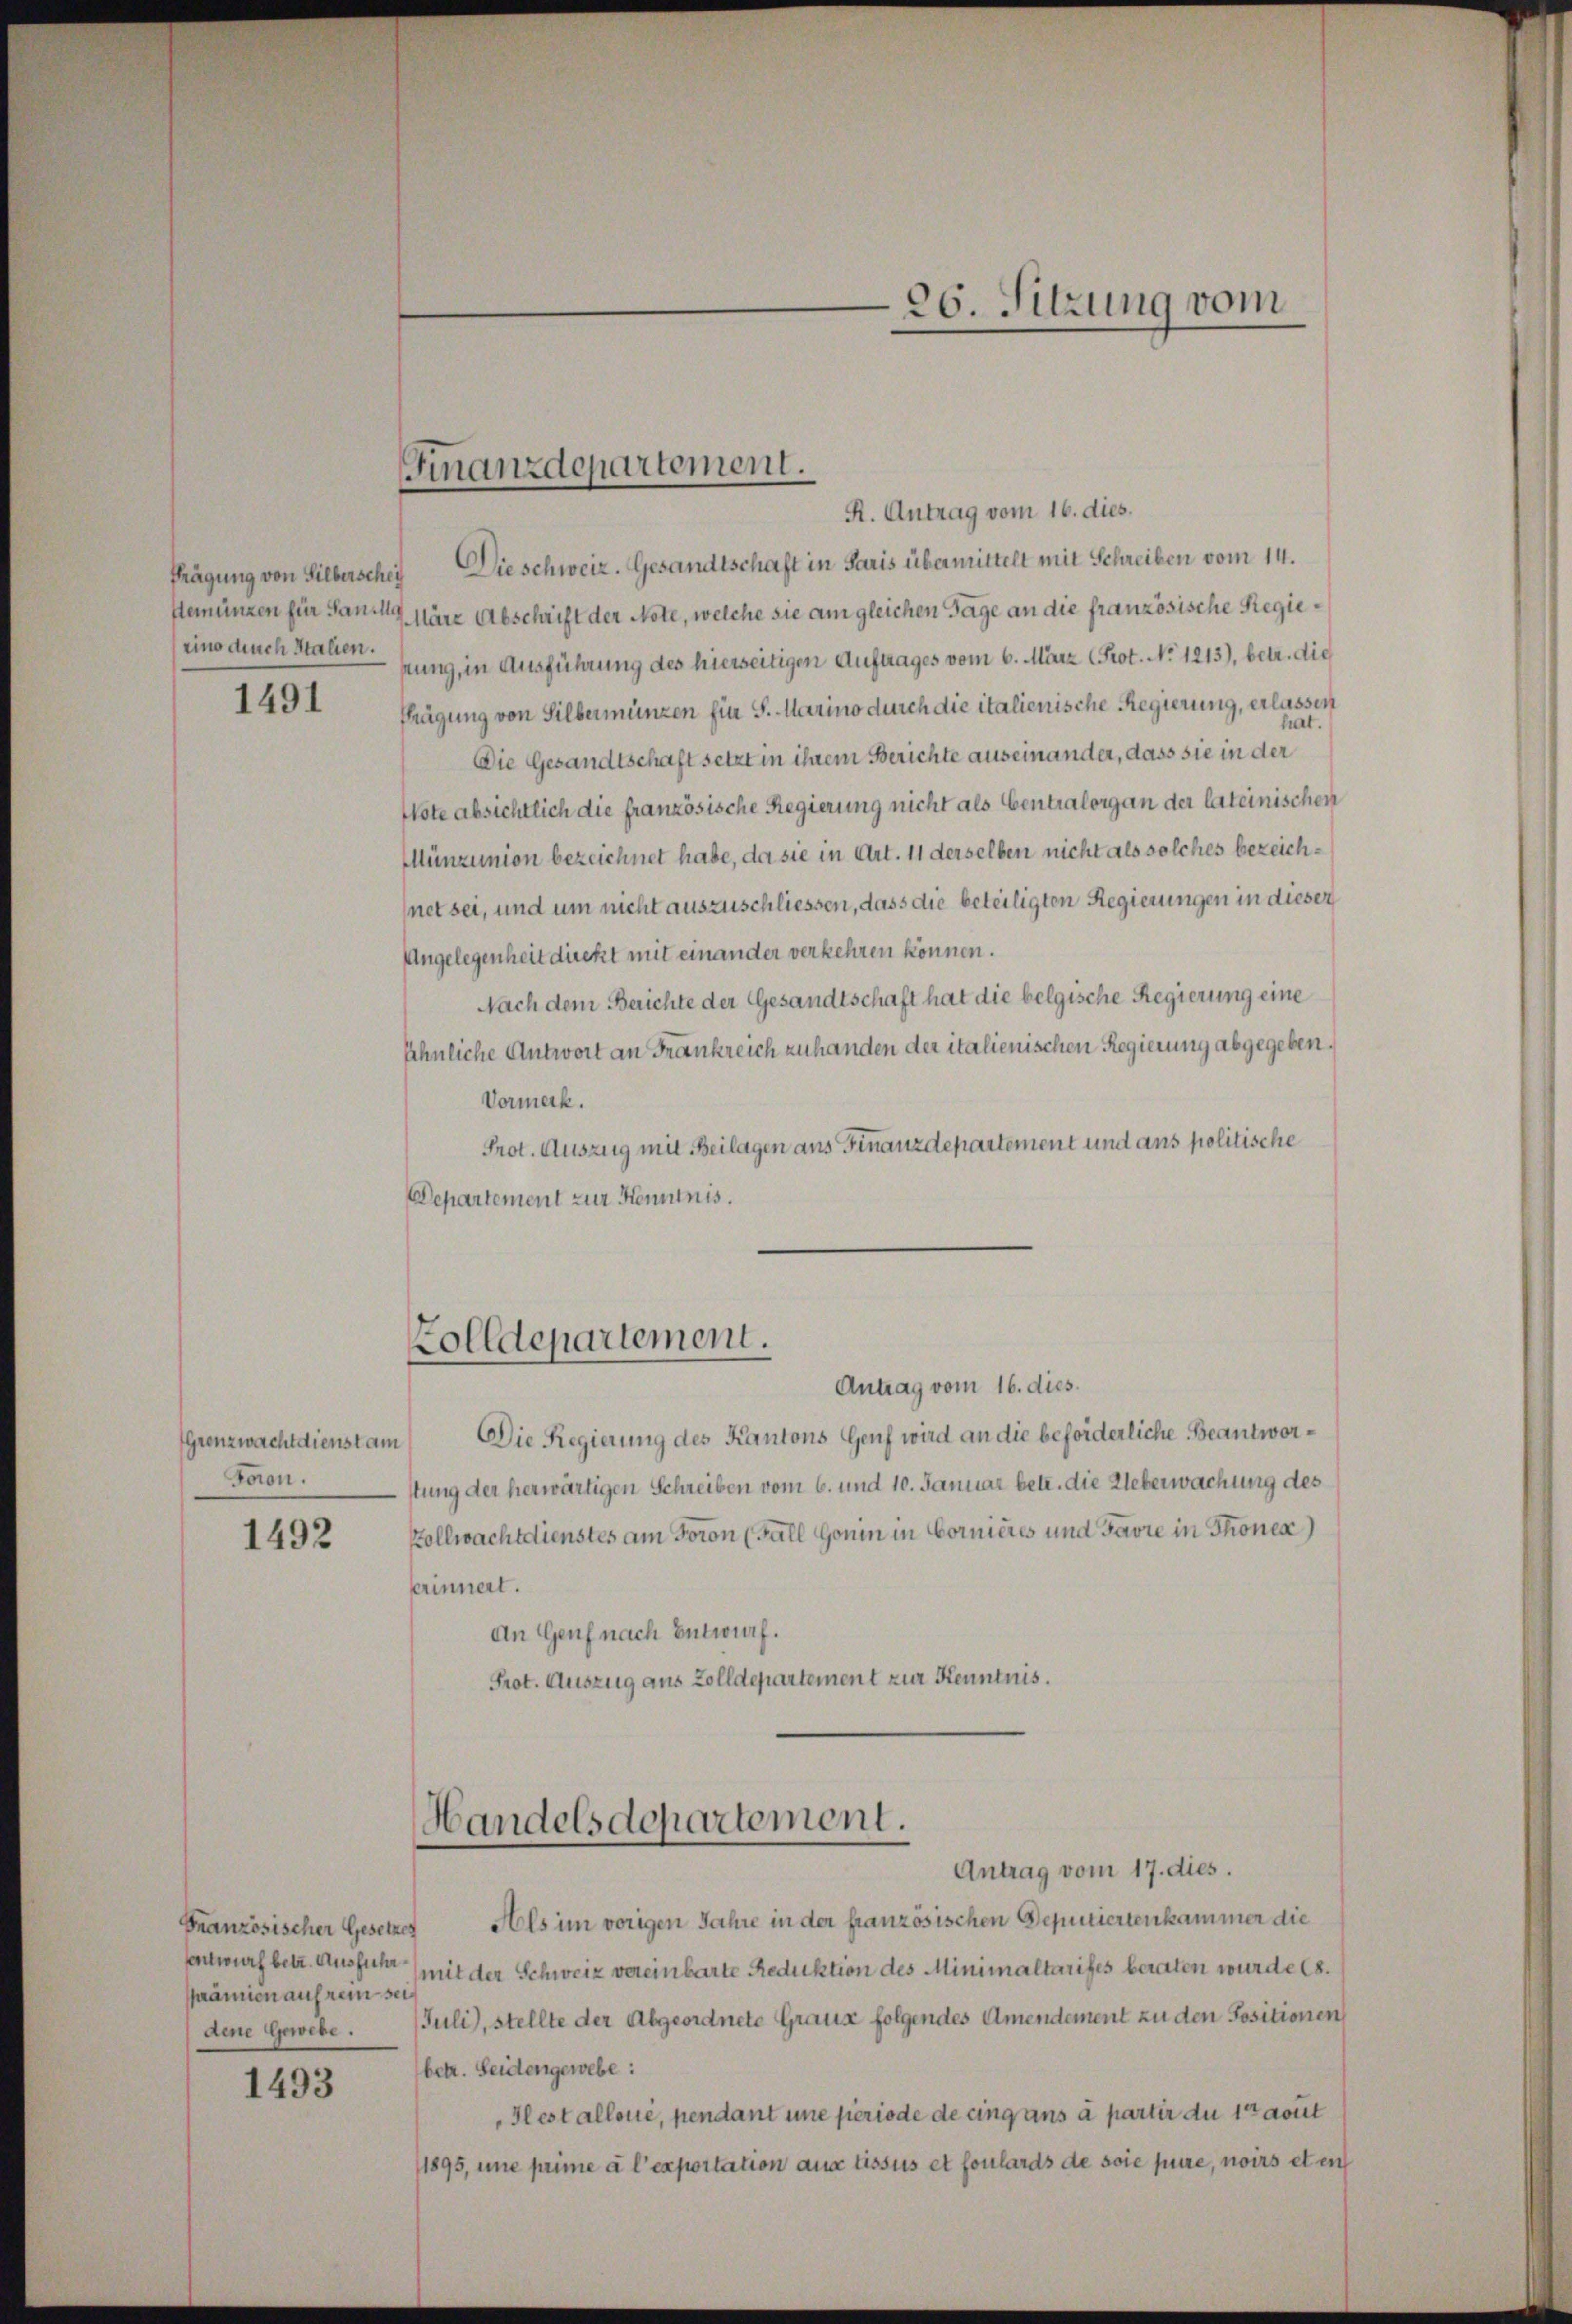
Hemünzen für Sanilli
eine durch Italien.

1491

Grenzwachtdienst am
Foron.

1492

prämien auf rein sei
dene Gewebe.

1493

Finanzdepartement.
R. Antrag vom 16. dies.

Prägung von Silberschei Die schweiz. Gesandtschaft in Paris übermittelt mit Schreiben vom 14.
März Abschrift der Note, welche sie am gleichen Tage an die französische Regienung, in Ausführung des hierseitigen Auftrages vom 6. März (Prot. No 1213), betr. die
thrägung von Silbermünzen für S. Marino durch die italienische Regierung, erlassen
Die Gesandtschaft setzt in ihrem Berichte auseinander, dass sie in der
Note absichtlich die französische Regierung nicht als Centralorgan der lateinischen
Münzunion bezeichnet habe, da sie in Art. 11 derselben nicht als solches bezeichnet sei, und um nicht auszuschliessen, dass die beteiligten Regierungen in dieser
Angelegenheit direkt mit einander verkehren können.
Nach dem Berichte der Gesandtschaft hat die belgische Regierung eine
Ähnliche Antwort an Frankreich zuhanden der italienischen Regierung abgegeben.
Vormerk.
Prot. Auszug mit Beilagen aus Finanzdepartement und ans politische
Departement zur Kenntnis.

olldepartement.

36. Sitzung vom

Handelsdepartement.
Antrag vom 17. dies.

Antrag vom 16. dies.
Die Regierung des Kantons Genf wird an die beforderliche Beantworstung der herwärtigen Schreiben vom 6. und 10. Januar betr. die Ueberwachung des
Pollwachtdienstes am Foron (Fall Gonin in Cornieres und Favre in Thonen
erinnert.
An Genf nach Entwurf.
Prot. Auszug aus Zolldepartement zur Kenntnis.

Französischer Gesetzes Als im vorigen Jahre in der französischen Deputiertenkammer die
sentwurf betr. Aussich mit der Schweiz vereinbarte Reduktion des Minimaltarifes beraten wurde (s.
(Juli), stellte der Abgeordnete Graus folgendes Amendement zu den Positionen
betr. Seidengewebe:
Hlest allone, pendant une periode de cing uns à partir du 1 aout
1895, une prime à l’exportation aus Lissus et foulards de soie pure, noirs et en